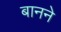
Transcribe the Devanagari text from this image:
बानने